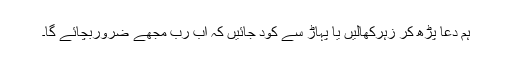
ہم دعا پڑھ کر زہرکھالیں یا پہاڑ سے کود جائیں کہ اب رب مجھے ضروربچائے گا۔